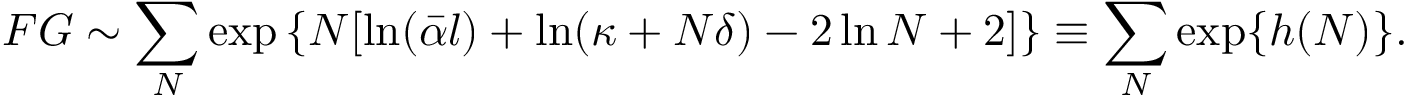
{ \cal F } G \sim \sum _ { N } \exp \left\{ N [ \ln ( \bar { \alpha } l ) + \ln ( \kappa + N \delta ) - 2 \ln N + 2 ] \right\} \equiv \sum _ { N } \exp \{ h ( N ) \} .